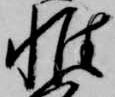
惟